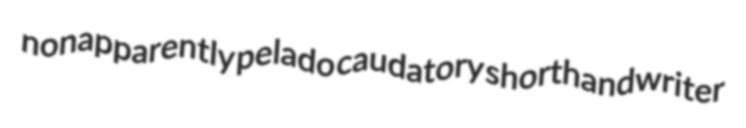
nonapparently pelado caudatory shorthandwriter